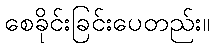
စေခိုင်းခြင်းပေတည်း။